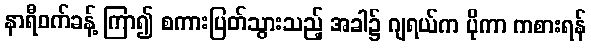
နာရီဝက်ခန့် ကြာ၍ စကားပြတ်သွားသည့် အခါ၌ ဂျရယ်က ပိုကာ ကစားရန်